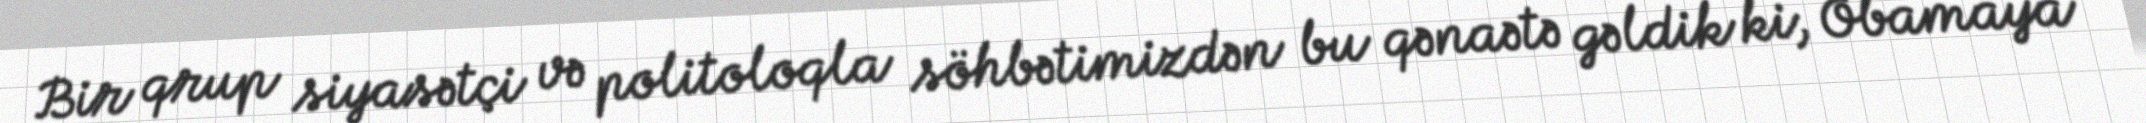
Bir qrup siyasətçi və politoloqla söhbətimizdən bu qənaətə gəldik ki, Obamaya